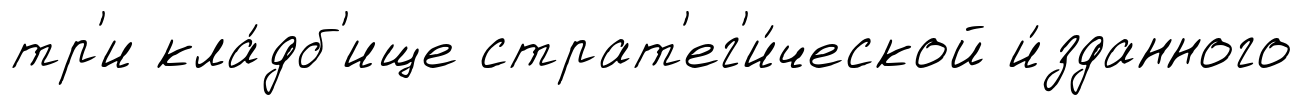
тр'и кла́дб'ище страт'ег'и́ческой и́зданного